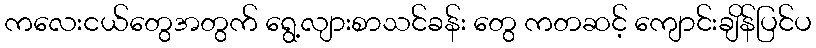
ကလေးငယ်တွေအတွက် ရွေ့လျားစာသင်ခန်း တွေ ကတဆင့် ကျောင်းချိန်ပြင်ပ